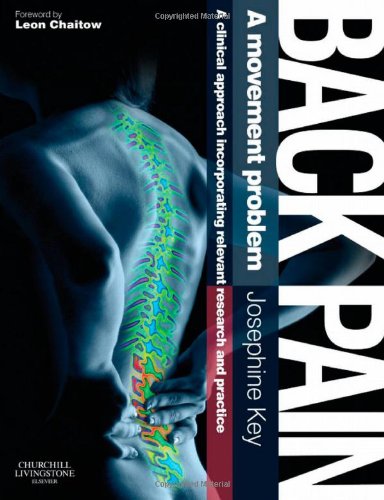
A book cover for Back Pain - A Movement Problem: A clinical approach incorporating relevant research and practice, 1e; Josephine Key Diploma in Physiotherapy  Post Graduate Diploma in Manipulative Physiotherapy; Health, Fitness & Dieting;